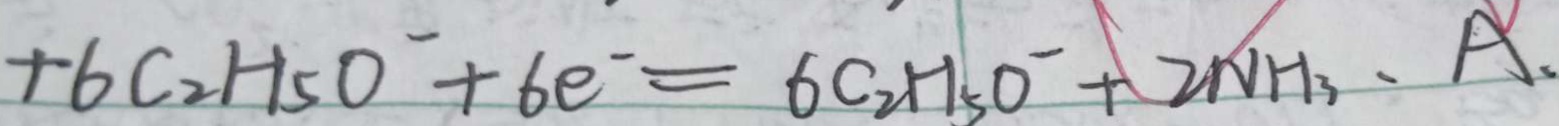
+ 6 C _ { 2 } H _ { 5 } O ^ { - } + 6 e ^ { - } = 6 C _ { 2 } H _ { 5 } O ^ { - } + 2 N H _ { 3 } \cdot A .